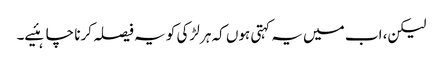
لیکن، اب میں یہ کہتی ہوں کہ ہر لڑکی کو یہ فیصلہ کرنا چاہئیے۔